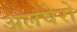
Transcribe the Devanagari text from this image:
अलघेरो